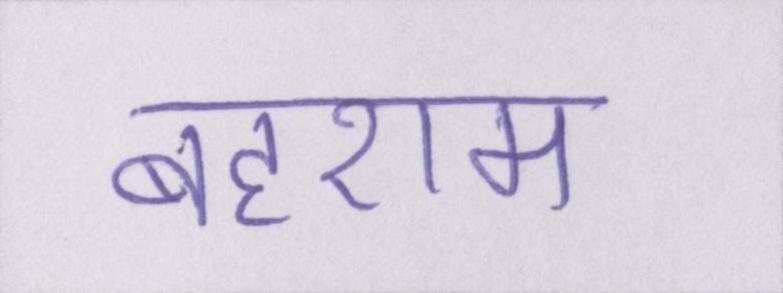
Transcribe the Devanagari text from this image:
बहराम